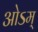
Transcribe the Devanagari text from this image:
ओऽम्‌